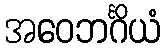
အဝေဘင်္ဂိယံ